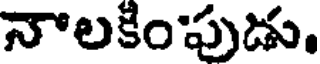
నాలకింపుడు.